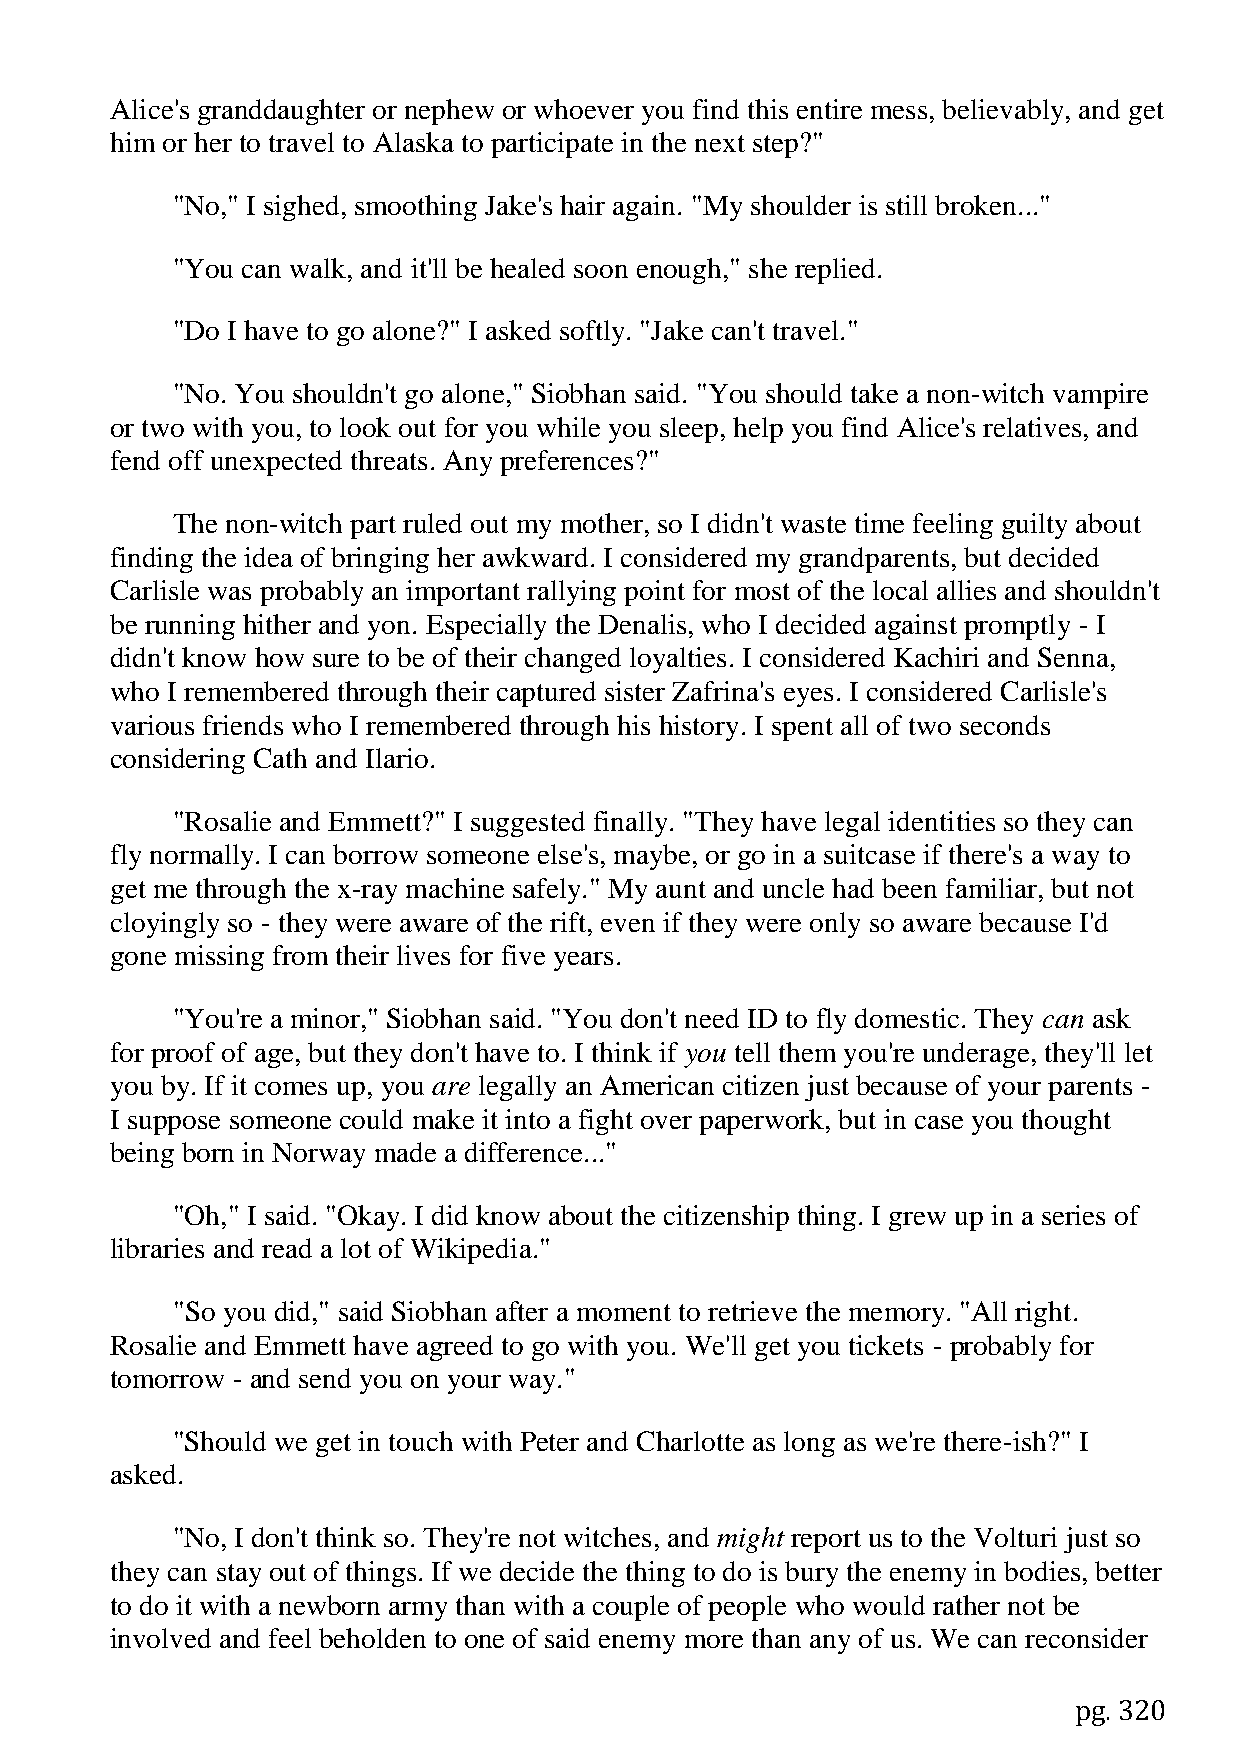
Alice's granddaughter or nephew or whoever you find this entire mess, believably, and get
 him or her to travel to Alaska to participate in the next step?"
 "No," I sighed, smoothing Jake's hair again. "My shoulder is still broken..."
 "You can walk, and it'll be healed soon enough," she replied.
 "Do I have to go alone?" I asked softly. "Jake can't travel."
 "No. You shouldn't go alone," Siobhan said. "You should take a non-witch vampire
 or two with you, to look out for you while you sleep, help you find Alice's relatives, and
 fend off unexpected threats. Any preferences?"
 The non-witch part ruled out my mother, so I didn't waste time feeling guilty about
 finding the idea of bringing her awkward. I considered my grandparents, but decided
 Carlisle was probably an important rallying point for most of the local allies and shouldn't
 be running hither and yon. Especially the Denalis, who I decided against promptly - I
 didn't know how sure to be of their changed loyalties. I considered Kachiri and Senna,
 who I remembered through their captured sister Zafrina's eyes. I considered Carlisle's
 various friends who I remembered through his history. I spent all of two seconds
 considering Cath and Ilario.
 "Rosalie and Emmett?" I suggested finally. "They have legal identities so they can
 fly normally. I can borrow someone else's, maybe, or go in a suitcase if there's a way to
 get me through the x-ray machine safely." My aunt and uncle had been familiar, but not
 cloyingly so - they were aware of the rift, even if they were only so aware because I'd
 gone missing from their lives for five years.
 "You're a minor," Siobhan said. "You don't need ID to fly domestic. They can ask
 for proof of age, but they don't have to. I think if you tell them you're underage, they'll let
 you by. If it comes up, you are legally an American citizen just because of your parents -
 I suppose someone could make it into a fight over paperwork, but in case you thought
 being born in Norway made a difference..."
 "Oh," I said. "Okay. I did know about the citizenship thing. I grew up in a series of
 libraries and read a lot of Wikipedia."
 "So you did," said Siobhan after a moment to retrieve the memory. "All right.
 Rosalie and Emmett have agreed to go with you. We'll get you tickets - probably for
 tomorrow - and send you on your way."
 "Should we get in touch with Peter and Charlotte as long as we're there-ish?" I
 asked.
 "No, I don't think so. They're not witches, and might report us to the Volturi just so
 they can stay out of things. If we decide the thing to do is bury the enemy in bodies, better
 to do it with a newborn army than with a couple of people who would rather not be
 involved and feel beholden to one of said enemy more than any of us. We can reconsider
 pg. 320